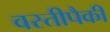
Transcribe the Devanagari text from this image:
वस्तीपैकी